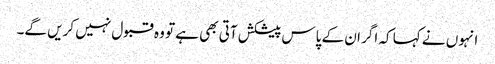
انہوں نے کہا کہ اگر ان کے پاس پیشکش آتی بھی ہے تو وہ قبول نہیں کریں گے۔